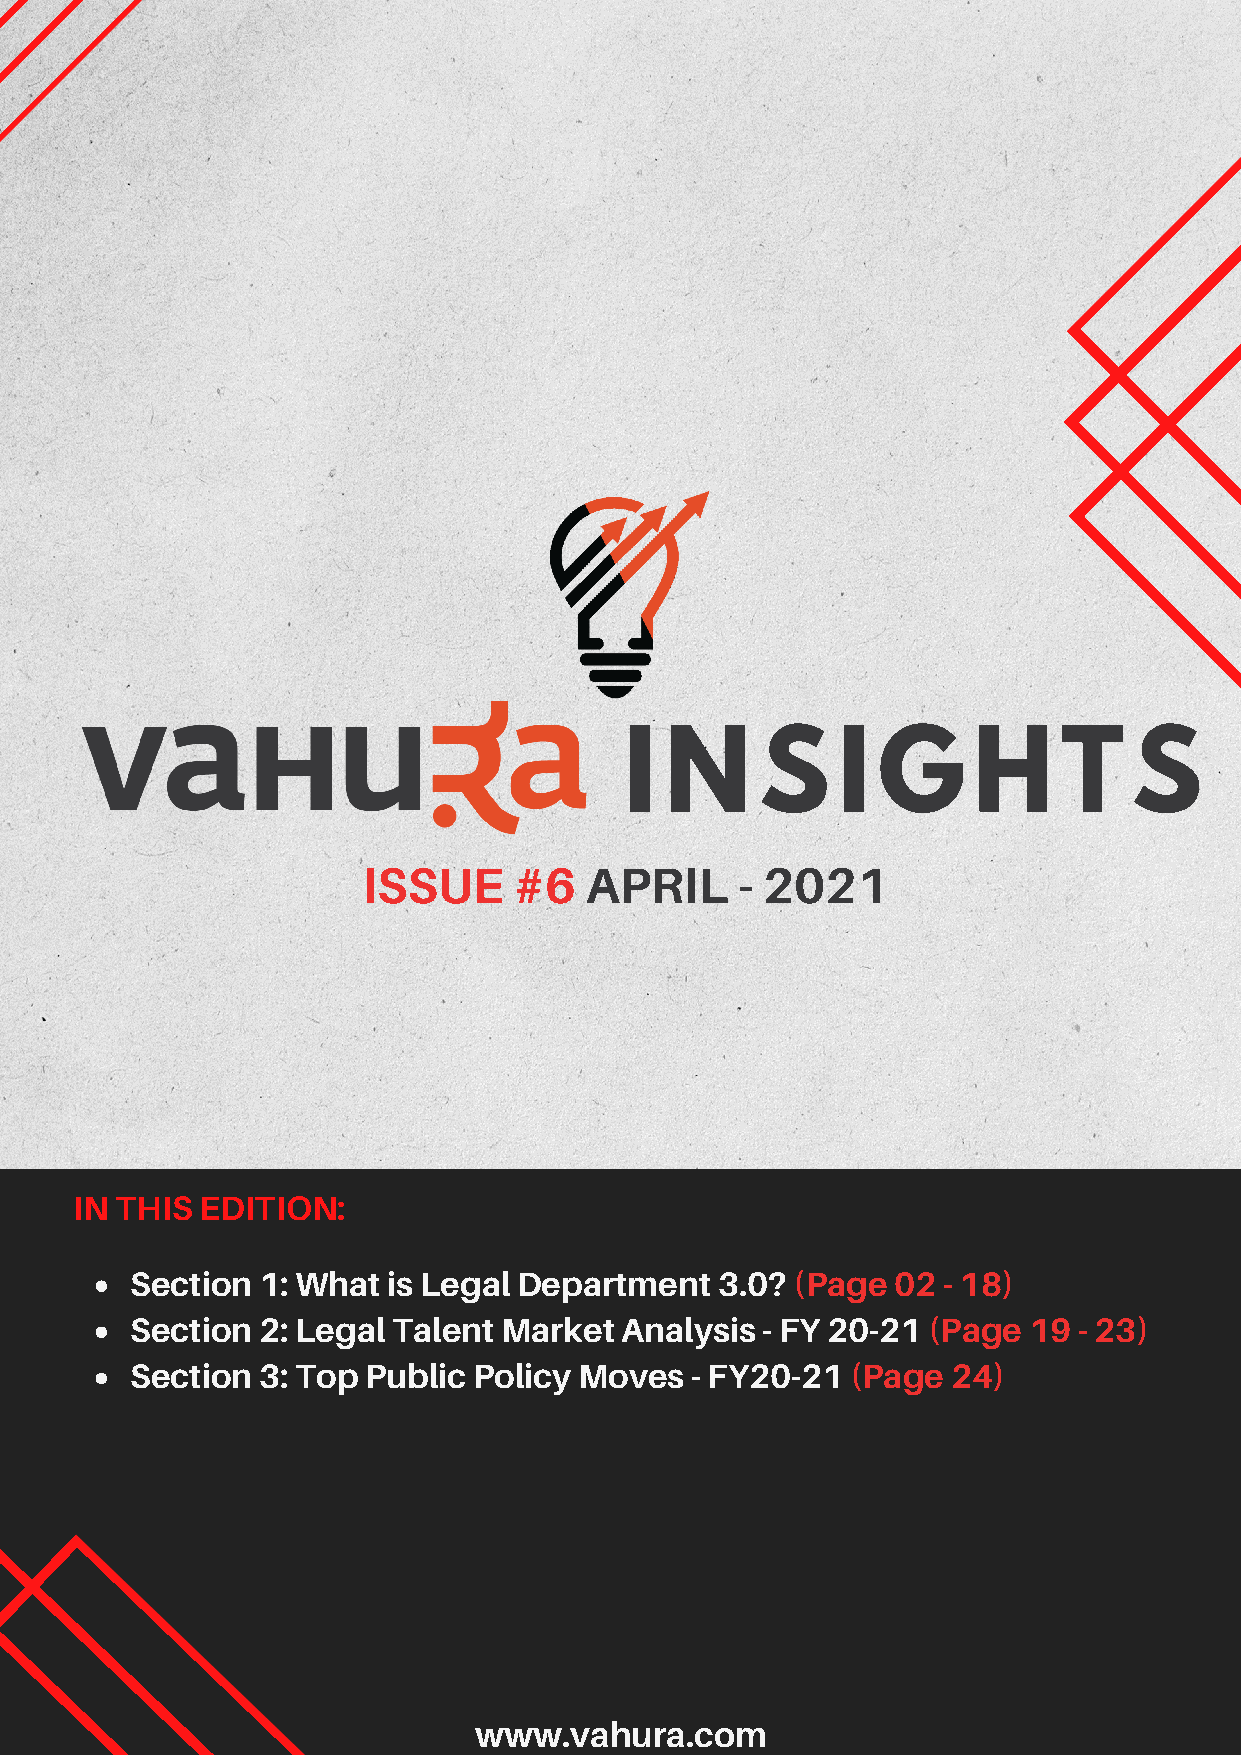
I  N     S    I  G     H     T    S
 ISSUE     #6   APRIL     - 2021
 IN THIS EDITION:
 Section 1: What  is Legal Department  3.0?  (Page 02 - 18)
 Section 2: Legal Talent Market  Analysis - FY 20-21 (Page  19 - 23)
 Section 3: Top Public Policy Moves   - FY20-21 (Page  24)
 www.vahura.com